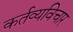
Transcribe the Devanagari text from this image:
कर्तव्यविचार